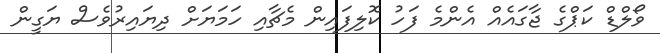
ވޯލްޑް ކަޕްގެ ޖާގައެއް އެންމެ ފަހު ކޮލިފައިން މެޗާއި ހަމަޔަށް ދިޔައިރުވެސް ޔަގީން